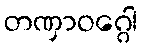
တဏှာဝဂ္ဂေါ